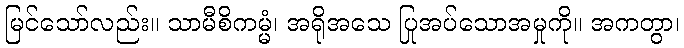
မြင်သော်လည်း။ သာမီစိကမ္မံ၊ အရိုအသေ ပြုအပ်သောအမှုကို။ အကတွာ၊